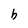
Character: h